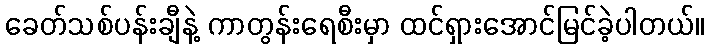
ခေတ်သစ်ပန်းချီနဲ့ ကာတွန်းရေစီးမှာ ထင်ရှားအောင်မြင်ခဲ့ပါတယ်။